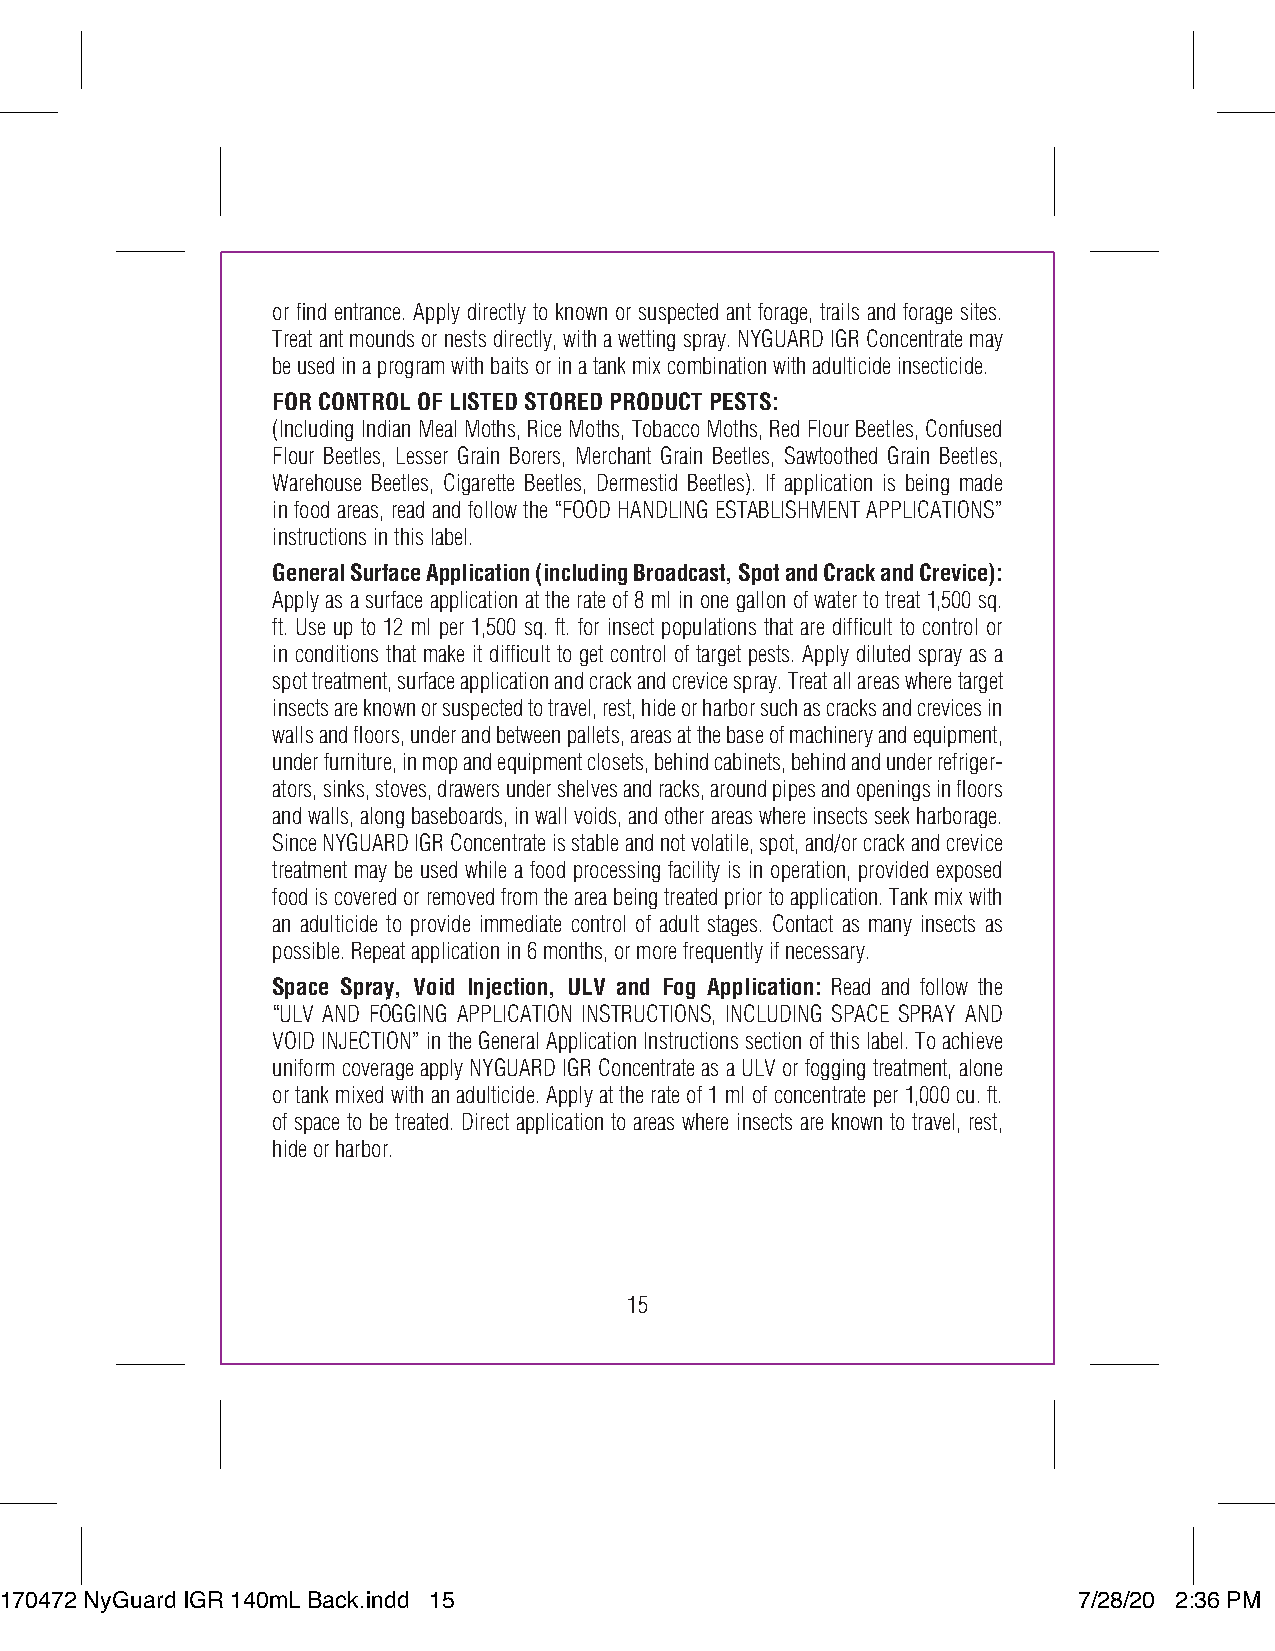
or find entrance. Apply directly to known or suspected ant forage, trails and forage sites.
 Treat ant mounds or nests directly, with a wetting spray. NYGUARD IGR Concentrate may
 be used in a program with baits or in a tank mix combination with adulticide insecticide.
 FOR CONTROL OF LISTED STORED PRODUCT PESTS:
 (Including Indian Meal Moths, Rice Moths, Tobacco Moths, Red Flour Beetles, Confused
 Flour Beetles, Lesser Grain Borers, Merchant Grain Beetles, Sawtoothed Grain Beetles,
 Warehouse Beetles, Cigarette Beetles, Dermestid Beetles). If application is being made
 in food areas, read and follow the “FOOD HANDLING ESTABLISHMENT APPLICATIONS”
 instructions in this label.
 General Surface Application (including Broadcast, Spot and Crack and Crevice):
 Apply as a surface application at the rate of 8 ml in one gallon of water to treat 1,500 sq.
 ft. Use up to 12 ml per 1,500 sq. ft. for insect populations that are difficult to control or
 in conditions that make it difficult to get control of target pests. Apply diluted spray as a
 spot treatment, surface application and crack and crevice spray. Treat all areas where target
 insects are known or suspected to travel, rest, hide or harbor such as cracks and crevices in
 walls and floors, under and between pallets, areas at the base of machinery and equipment,
 under furniture, in mop and equipment closets, behind cabinets, behind and under refriger-
 ators, sinks, stoves, drawers under shelves and racks, around pipes and openings in floors
 and walls, along baseboards, in wall voids, and other areas where insects seek harborage.
 Since NYGUARD IGR Concentrate is stable and not volatile, spot, and/or crack and crevice
 treatment may be used while a food processing facility is in operation, provided exposed
 food is covered or removed from the area being treated prior to application. Tank mix with
 an adulticide to provide immediate control of adult stages. Contact as many insects as
 possible. Repeat application in 6 months, or more frequently if necessary.
 Space Spray, Void Injection, ULV and Fog Application: Read and follow the
 “ULV AND FOGGING APPLICATION INSTRUCTIONS, INCLUDING SPACE SPRAY AND
 VOID INJECTION” in the General Application Instructions section of this label. To achieve
 uniform coverage apply NYGUARD IGR Concentrate as a ULV or fogging treatment, alone
 or tank mixed with an adulticide. Apply at the rate of 1 ml of concentrate per 1,000 cu. ft.
 of space to be treated. Direct application to areas where insects are known to travel, rest,
 hide or harbor.
 15
 117700447722 NNyyGGuuaarrdd IIGGRR 114400mmLL BBaacckk..iinndddd 1155  77//2288//2200 22::3366 PPMM